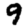
Digit: 9